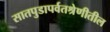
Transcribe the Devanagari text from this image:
सातपुडापर्वतश्रेणीतील